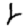
Digit: 2